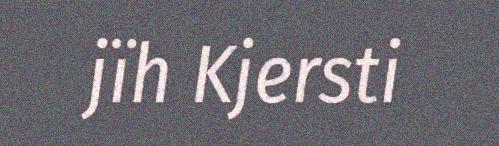
jïh Kjersti